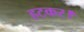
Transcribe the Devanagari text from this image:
हटकर।